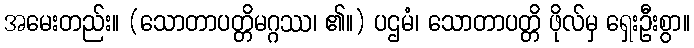
အမေးတည်း။ (သောတာပတ္တိမဂ္ဂဿ၊ ၏။) ပဌမံ၊ သောတာပတ္တိ ဖိုလ်မှ ရှေးဦးစွာ။